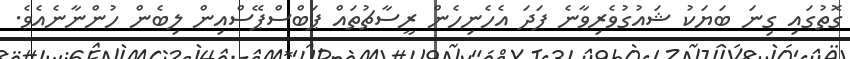
ގޮތުގައި ގިނަ ބަޔަކު ޝައުގުވެރިވާނެ ފަދަ އެހެނިހެން ރީސާޗުތައް ޕަބްސްޕޭސްއިން ލިބެން ހުންނާނެއެވެ.